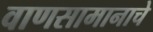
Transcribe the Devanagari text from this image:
वाणसामानाचे